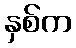
နှစ်က